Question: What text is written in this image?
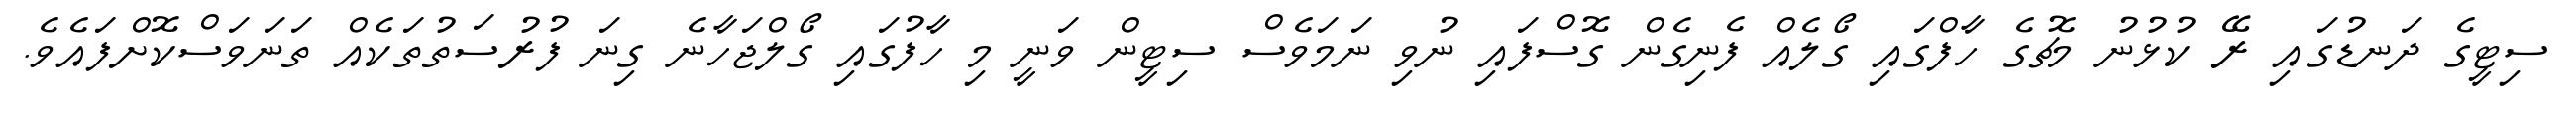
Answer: ސިޓީގެ ދަނޑުގައި ރޭ ކުޅުނު މެޗުގެ ހާފްގައި ގޯލެއް ފެނިގެން ގޮސްފައި ނުވި ނަމަވެސް ސިޓީން ވަނީ މި ހާފުގައި ގޯލްޖަހާނެ ގިނަ ފުރުސަތުތަކެއް ތަނަވަސްކޮށްފައެވެ.